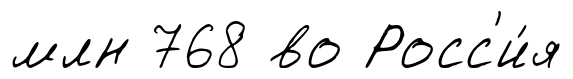
млн 768 во Росс'и́я